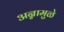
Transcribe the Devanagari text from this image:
अन्नामुळे